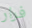
فرار